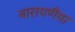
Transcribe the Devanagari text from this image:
नारायणैया